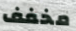
مخفف